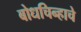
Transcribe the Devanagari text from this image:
बोधचिन्हाचे